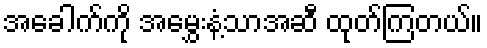
အခေါက်ကို အမွှေးနံ့သာအဆီ ထုတ်ကြတယ်။